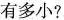
有多小？